King Institute of Preventive Medicine Bacteriolog. Section reports 1907-08
Year: 1907
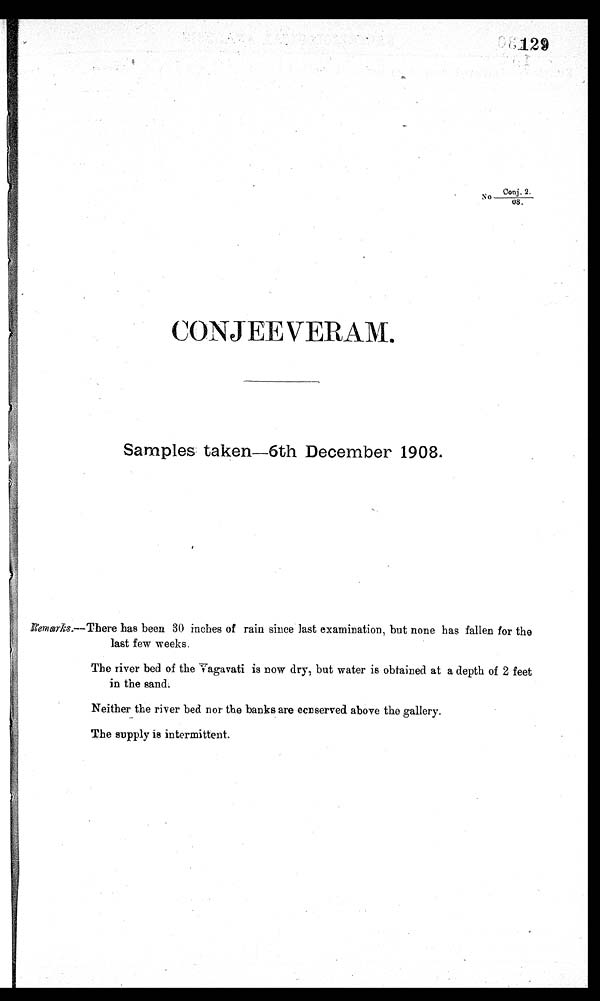
Conj. 2,
No
08.
CONJ E V ERAM.
Samples taken-6th December 1908.
Remarks.--There has been 30 inches of rain since last examination, but none has fallen for the
last few weeks.
The river bed of the Vagavati is now dry, but water is obtained at a depth of 2 feet
in the sand.
Neither the river bed nor the banks are conserved above the gallery.
The supply is intermittent.